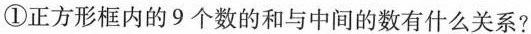
①正方形框内的9个数的和与中间的数有什么关系?